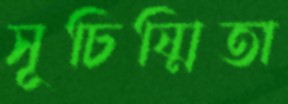
সূচিষ্মিতা